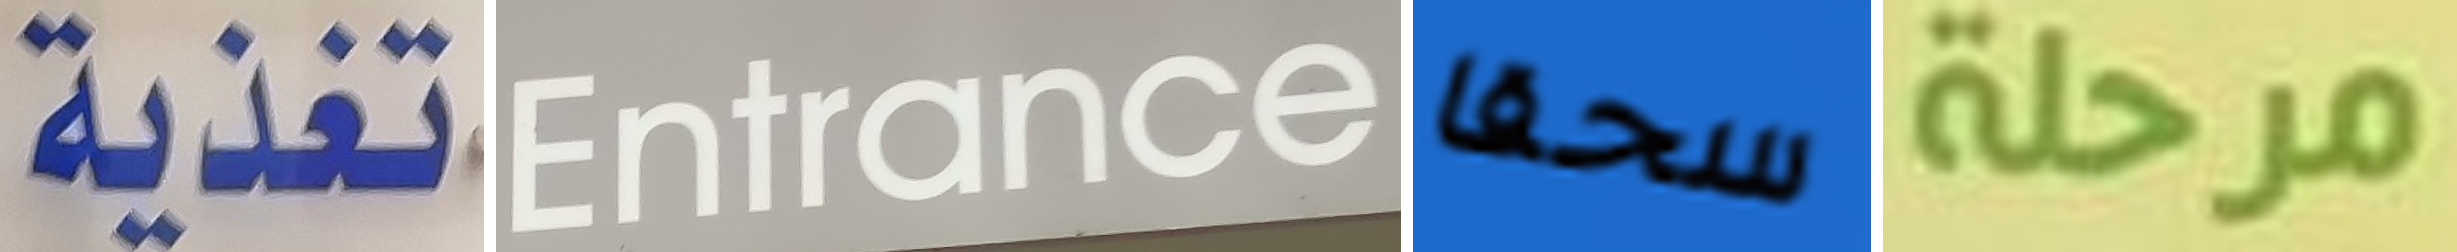
تغذية Entrance سحقا مرحلة